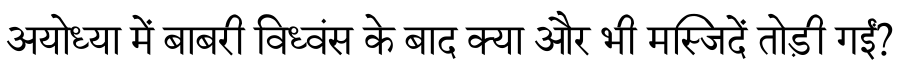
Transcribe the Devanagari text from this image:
अयोध्या में बाबरी विध्वंस के बाद क्या और भी मस्जिदें तोड़ी गईं?